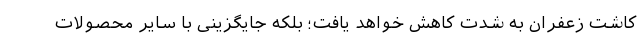
کاشت زعفران به شدت کاهش خواهد یافت؛ بلکه جایگزینی با سایر محصولات